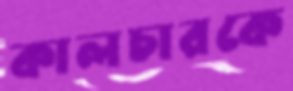
কালচারকে